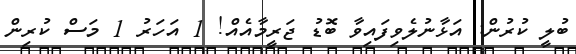
ބުލީ ކުރުން: އަޅާނުލެވިފައިވާ ބޮޑު ޖަރީމާއެއް! 1 އަހަރު 1 މަސް ކުރިން